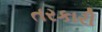
તરકારી